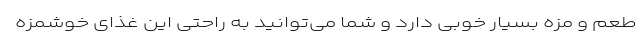
طعم و مزه بسیار خوبی دارد و شما‌ می‌توانید به راحتی این غذای خوشمزه